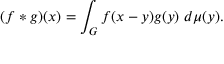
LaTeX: ( f * g ) ( x ) = \int _ { G } f ( x - y ) g ( y ) \ d \mu ( y ) .